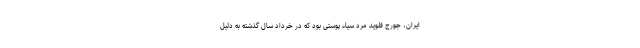
ایران، جورج فلوید مرد سیاه پوستی بود که در خرداد سال گذشته به دلیل